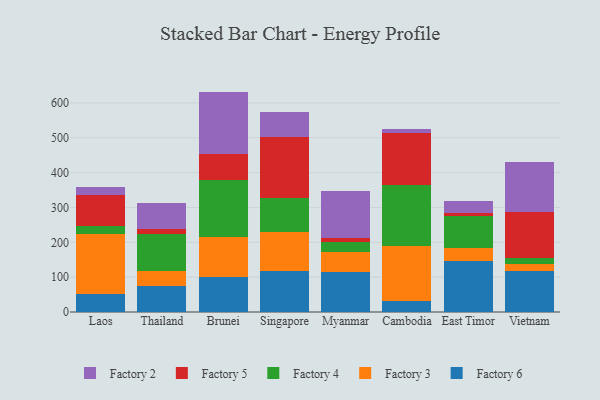
{"axis": {"x": "Country", "y": "Active Users"}, "legend": ["Factory 2", "Factory 3", "Factory 4", "Factory 5", "Factory 6"], "data": [{"x": "Laos", "y": 50.4, "type": "Factory 6"}, {"x": "Laos", "y": 173.4, "type": "Factory 3"}, {"x": "Laos", "y": 22.1, "type": "Factory 4"}, {"x": "Laos", "y": 90.5, "type": "Factory 5"}, {"x": "Laos", "y": 21.5, "type": "Factory 2"}, {"x": "Thailand", "y": 73.3, "type": "Factory 6"}, {"x": "Thailand", "y": 43.1, "type": "Factory 3"}, {"x": "Thailand", "y": 107.4, "type": "Factory 4"}, {"x": "Thailand", "y": 13.6, "type": "Factory 5"}, {"x": "Thailand", "y": 74.2, "type": "Factory 2"}, {"x": "Brunei", "y": 99.4, "type": "Factory 6"}, {"x": "Brunei", "y": 116.0, "type": "Factory 3"}, {"x": "Brunei", "y": 163.9, "type": "Factory 4"}, {"x": "Brunei", "y": 75.2, "type": "Factory 5"}, {"x": "Brunei", "y": 177.9, "type": "Factory 2"}, {"x": "Singapore", "y": 118.7, "type": "Factory 6"}, {"x": "Singapore", "y": 110.2, "type": "Factory 3"}, {"x": "Singapore", "y": 99.1, "type": "Factory 4"}, {"x": "Singapore", "y": 174.2, "type": "Factory 5"}, {"x": "Singapore", "y": 72.7, "type": "Factory 2"}, {"x": "Myanmar", "y": 115.2, "type": "Factory 6"}, {"x": "Myanmar", "y": 57.9, "type": "Factory 3"}, {"x": "Myanmar", "y": 28.6, "type": "Factory 4"}, {"x": "Myanmar", "y": 10.1, "type": "Factory 5"}, {"x": "Myanmar", "y": 135.8, "type": "Factory 2"}, {"x": "Cambodia", "y": 31.1, "type": "Factory 6"}, {"x": "Cambodia", "y": 157.7, "type": "Factory 3"}, {"x": "Cambodia", "y": 176.7, "type": "Factory 4"}, {"x": "Cambodia", "y": 146.9, "type": "Factory 5"}, {"x": "Cambodia", "y": 13.7, "type": "Factory 2"}, {"x": "East Timor", "y": 145.6, "type": "Factory 6"}, {"x": "East Timor", "y": 37.9, "type": "Factory 3"}, {"x": "East Timor", "y": 93.4, "type": "Factory 4"}, {"x": "East Timor", "y": 6.0, "type": "Factory 5"}, {"x": "East Timor", "y": 34.6, "type": "Factory 2"}, {"x": "Vietnam", "y": 118.3, "type": "Factory 6"}, {"x": "Vietnam", "y": 19.3, "type": "Factory 3"}, {"x": "Vietnam", "y": 17.2, "type": "Factory 4"}, {"x": "Vietnam", "y": 132.9, "type": "Factory 5"}, {"x": "Vietnam", "y": 144.1, "type": "Factory 2"}]}